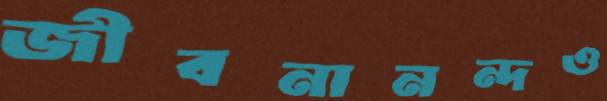
জীবনানন্দও